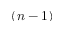
( n - 1 )